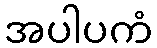
အပါပကံ